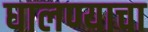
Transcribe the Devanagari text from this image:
घालण्‍याचा